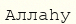
Аллаһу